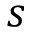
s